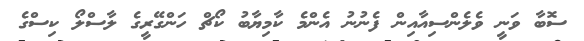
ސޮބާ ވަނީ ވެލެންސިއާއިން ފެނުނު އެންމެ ކާމިޔާބު ކޯޗް ހަންގޭރީގެ ލާސްލޯ ކިސްގެ